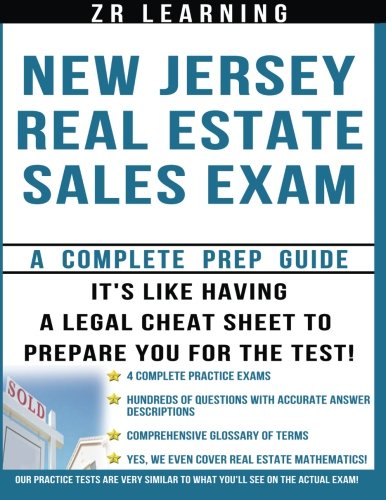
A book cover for New Jersey Real Estate Sales Exam Questions; ZR Learning LLC; Business & Money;